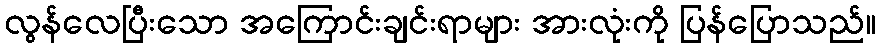
လွန်လေပြီးသော အကြောင်းချင်းရာများ အားလုံးကို ပြန်ပြောသည်။